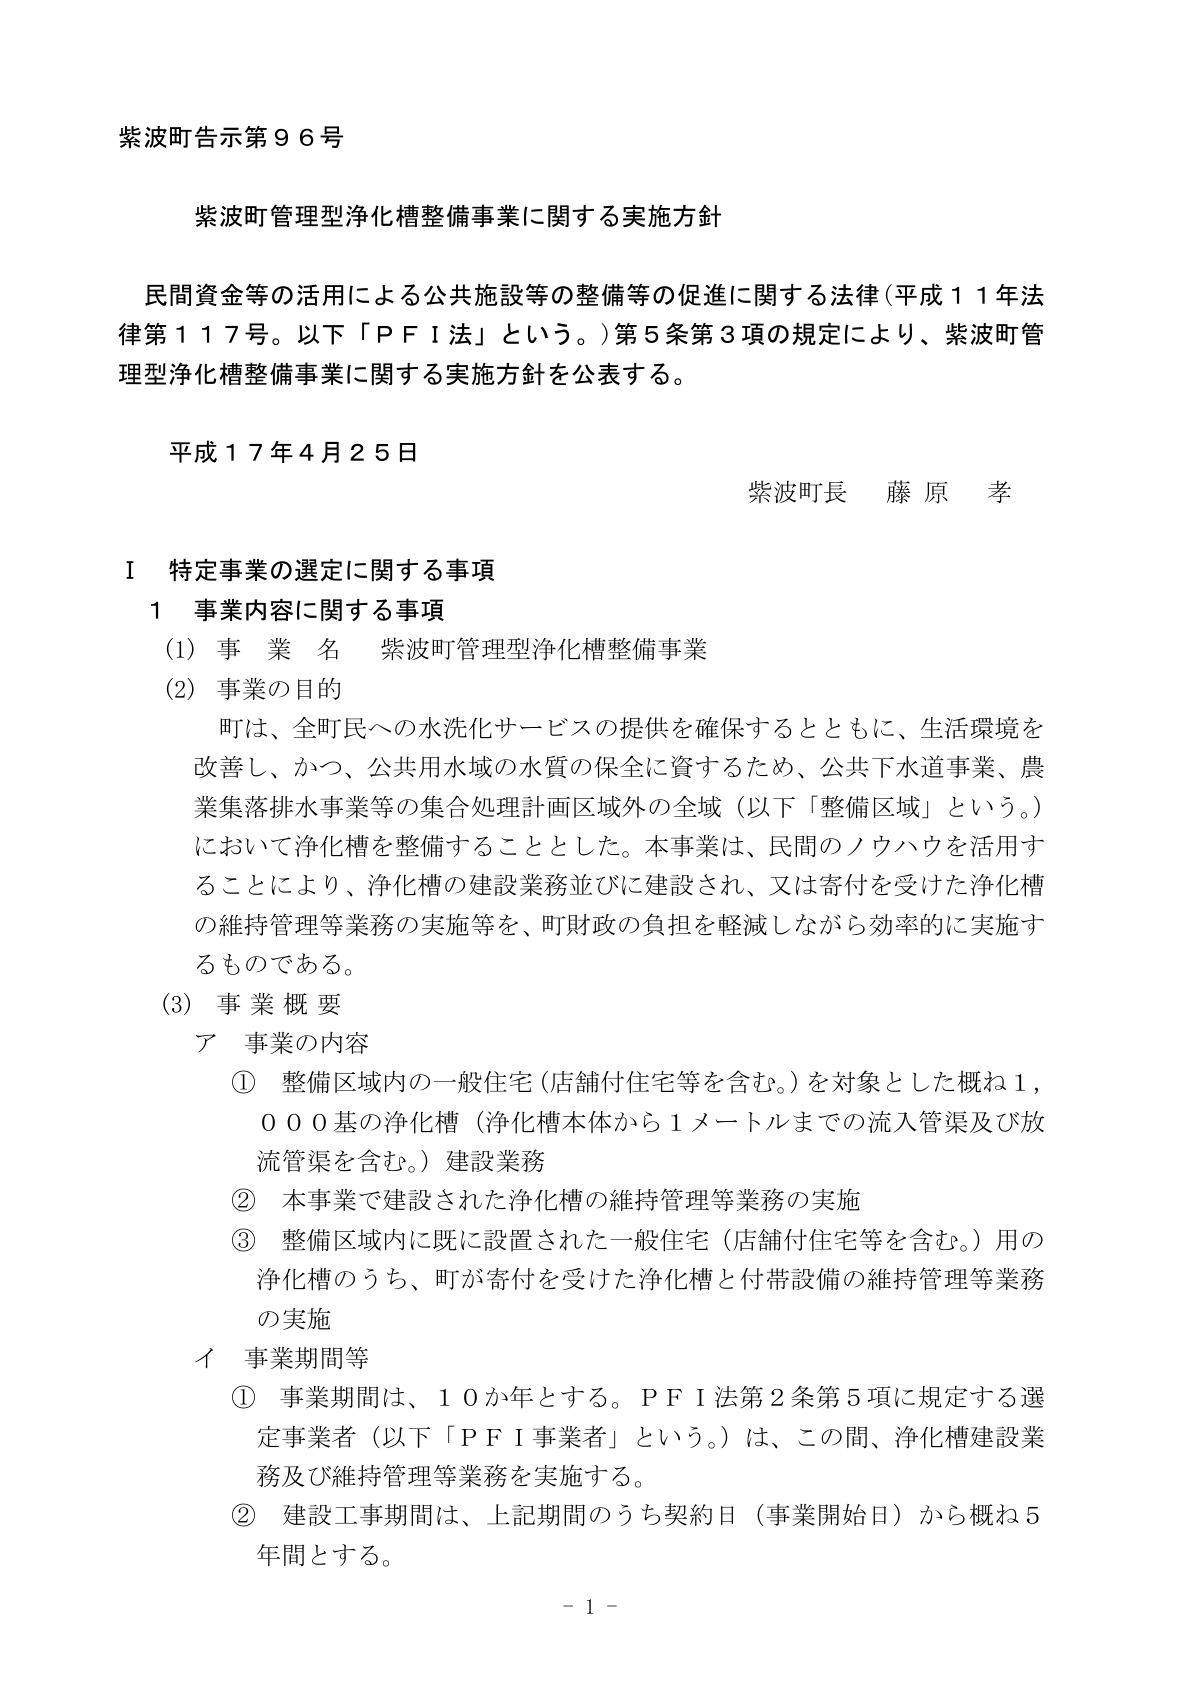
紫波町告示第９６号

紫波町管理型浄化槽整備事業に関する実施方針

民間資金等の活用による公共施設等の整備等の促進に関する法律（平成１１年法律第１１７号。以下「ＰＦＩ法」という。）第５条第３項の規定により、紫波町管理型浄化槽整備事業に関する実施方針を公表する。

平成１７年４月２５日

紫波町長　藤原　孝

Ⅰ　特定事業の選定に関する事項

１　事業内容に関する事項

（1）事業名　紫波町管理型浄化槽整備事業

（2）事業の目的

　町は、全町民への水洗化サービスの提供を確保するとともに、生活環境を改善し、かつ、公共用水域の水質の保全に資するため、公共下水道事業、農業集落排水事業等の集合処理計画区域外の全域（以下「整備区域」という。）において浄化槽を整備することとした。本事業は、民間のノウハウを活用することにより、浄化槽の建設業務並びに建設され、又は寄付を受けた浄化槽の維持管理等業務の実施等を、町財政の負担を軽減しながら効率的に実施するものである。

（3）事業概要

　ア　事業の内容

　　①　整備区域内の一般住宅（店舗付住宅等を含む。）を対象とした概ね１，０００基の浄化槽（浄化槽本体から１メートルまでの流入管渠及び放流管渠を含む。）建設業務

　　②　本事業で建設された浄化槽の維持管理等業務の実施

　　③　整備区域内に既に設置された一般住宅（店舗付住宅等を含む。）用の浄化槽のうち、町が寄付を受けた浄化槽と付帯設備の維持管理等業務の実施

　　イ　事業期間等

　　①　事業期間は、１０か年とする。ＰＦＩ法第２条第５項に規定する選定事業者（以下「ＰＦＩ事業者」という。）は、この間、浄化槽建設業務及び維持管理等業務を実施する。

　　②　建設工事期間は、上記期間のうち契約日（事業開始日）から概ね５年間とする。

－１－